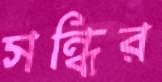
সন্ধির